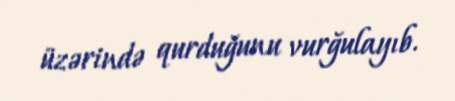
üzərində qurduğunu vurğulayıb.